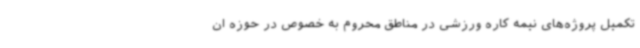
تکمیل پروژه‌های نیمه کاره ورزشی در مناطق محروم به خصوص در حوزه ان